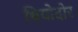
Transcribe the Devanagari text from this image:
थियोदोर